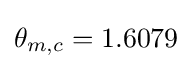
\theta _{m,c}=1.6079